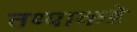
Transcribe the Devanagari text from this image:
तथ्याकडे